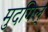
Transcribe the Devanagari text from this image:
मुदगिल्